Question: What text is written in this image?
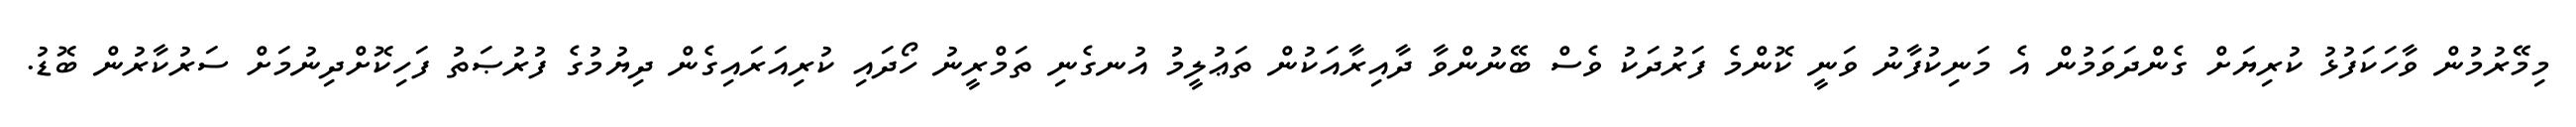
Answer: މިމޭރުމުން ވާހަކަފުޅު ކުރިޔަށް ގެންދަވަމުން އެ މަނިކުފާނު ވަނީ ކޮންމެ ފަރުދަކު ވެސް ބޭނުންވާ ދާއިރާއަކުން ތަޢުލީމު އުނގެނި ތަމްރީނު ހޯދައި ކުރިއަރައިގެން ދިޔުމުގެ ފުރުޞަތު ފަހިކޮށްދިނުމަށް ސަރުކާރުން ބޮޑު.